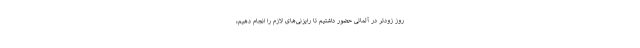
روز زودتر در آلماتی حضور داشتیم تا رایزنی‌های لازم را انجام دهیم،